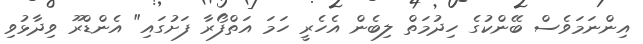
އިންނަމަވެސް ބޭންކުގެ ހިދުމަތް ލިބެން އެހެރީ ހަމަ އަތްފޯރާ ފަށުގައި" އެންޑްރޫ ވިދާޅުވި